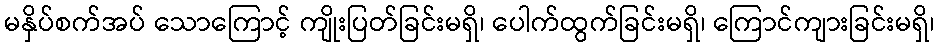
မနှိပ်စက်အပ် သောကြောင့် ကျိုးပြတ်ခြင်းမရှိ၊ ပေါက်ထွက်ခြင်းမရှိ၊ ကြောင်ကျားခြင်းမရှိ၊